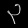
Digit: ၃